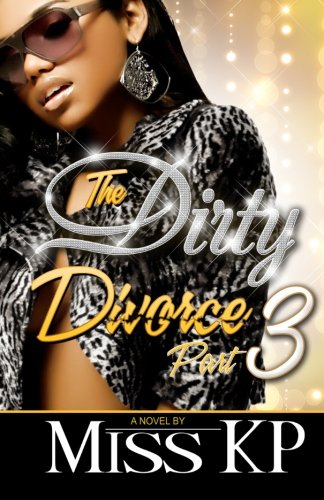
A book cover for The Dirty Divorce Part 3 (The Dirty Divorce Series); Miss KP; Literature & Fiction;